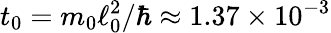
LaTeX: t_{0}=m_{0}\ell_{0}^{2}/\hbar\approx 1.37\times 10^{-3}